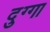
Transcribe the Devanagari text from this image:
दुग्गा